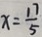
x = \frac { 1 7 } { 5 }